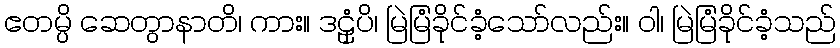
ဧတမ္ပိ ဆေတွာနာတိ၊ ကား။ ဒဠှံပိ၊ မြဲမြံခိုင်ခံ့သော်လည်း။ ဝါ၊ မြဲမြံခိုင်ခံ့သည်